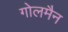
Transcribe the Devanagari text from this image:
गोलमैन